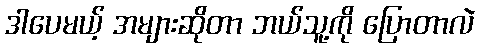
ဒါပေမယ့် အများဆိုတာ ဘယ်သူ့ကို ပြောတာလဲ